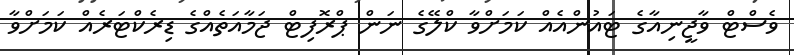
ވެސްޓް ވާޖީނިއާގެ ޓައުންއެއް ކަމަށްވާ ކްލޭގެ ނަން ޕްރޮފިޓް ޖަމާއަތެއްގެ ޑިރެކްޓަރެއް ކަމަށްވާ